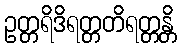
ဥတ္တရိဒိရတ္တတိရတ္တန္တိ